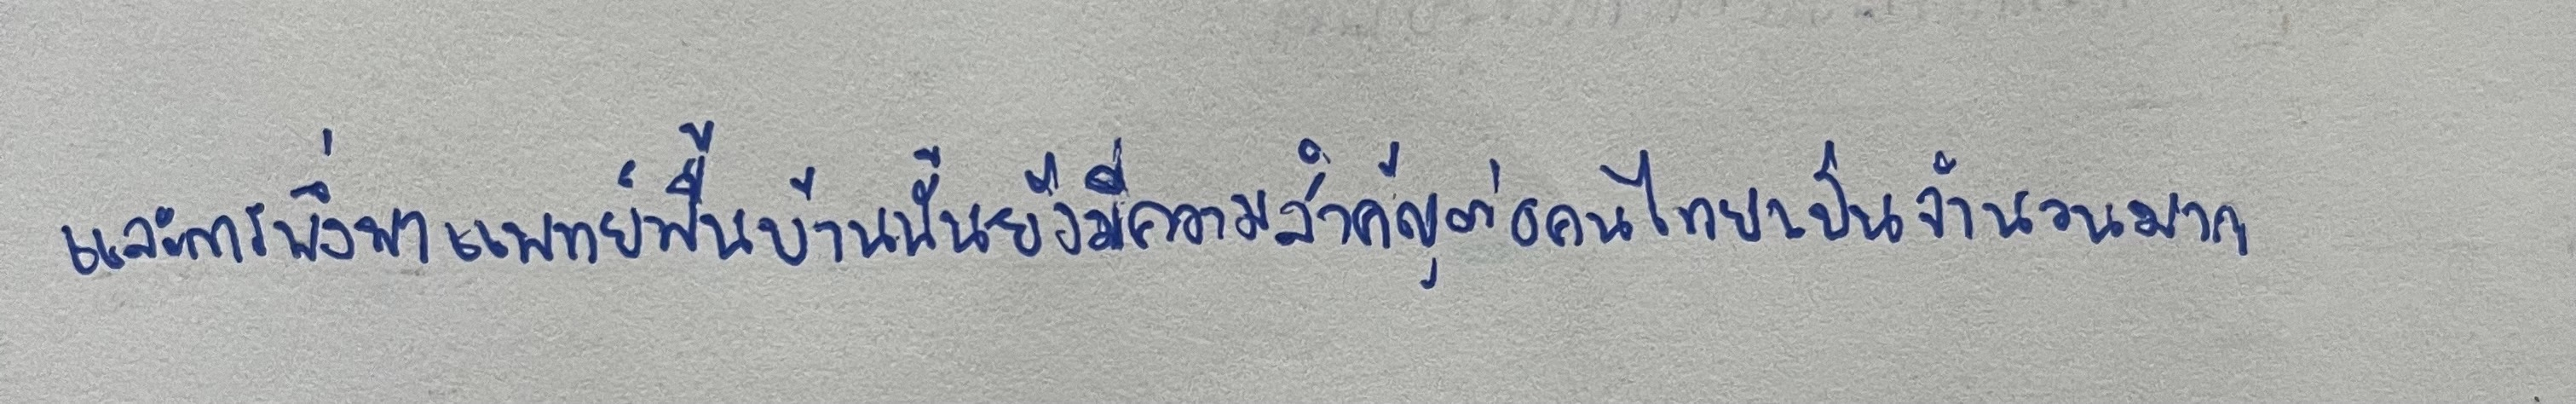
และการพึ่งพาแพทย์พื้นบ้านนั้นยังมีความสำคัญต่อคนไทยเป็นจำนวนมาก